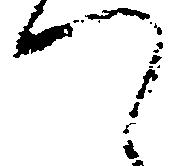
て